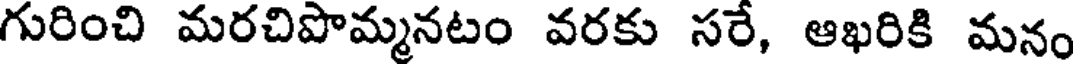
గురించి మరచిపొమ్మనటం వరకు సరే, ఆఖరికి మనం